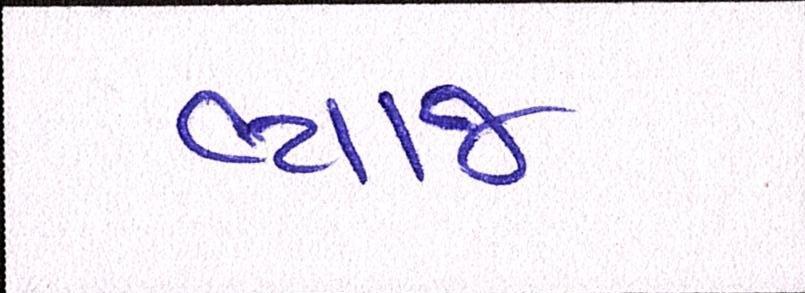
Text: વ્યાજ